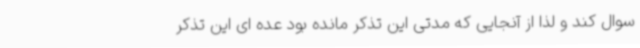
سوال کند و لذا از آنجایی که مدتی این تذکر مانده بود عده ای این تذکر